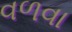
વળવા